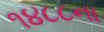
૧૪૮૮ના